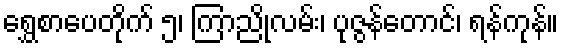
ရွှေစာပေတိုက် ၅၊ ကြာညိုလမ်း၊ ပုဇွန်တောင်၊ ရန်ကုန်။